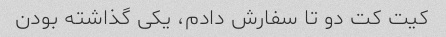
کیت کت دو تا سفارش دادم، یکی گذاشته بودن